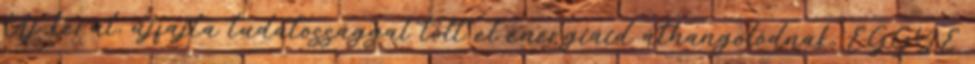
Új kerül, újfajta tudatossággal tölt el energiáid áthangolódnak, EGGYÉ